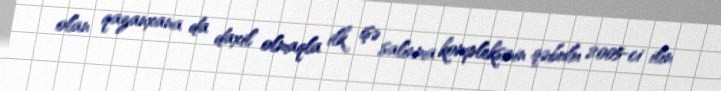
olan qazanxana da daxil olmaqla ilk işə salınma kompleksinin qəbulu 2005-ci ilin